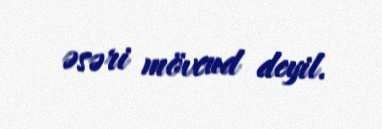
əsəri mövcud deyil.